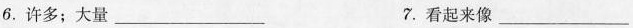
6.许多；大量___7.看起来像___